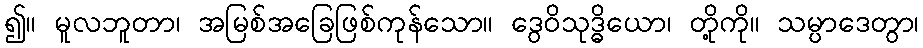
၍။ မူလဘူတာ၊ အမြစ်အခြေဖြစ်ကုန်သော။ ဒွေဝိသုဒ္ဓိယော၊ တို့ကို။ သမ္ပာဒေတွာ၊